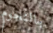
بالنجوم